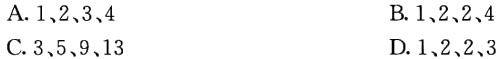
A. \(1,2,3,4\)

B. \(1,2,2,4\)

C. \(3,5,9,13\)

D. \(1,2,2,3\)